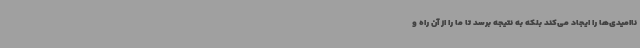
ناامیدی‌ها را ایجاد می‌کند بلکه به نتیجه برسد تا ما را از آن راه و